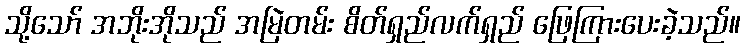
သို့သော် အဘိုးအိုသည် အမြဲတမ်း စိတ်ရှည်လက်ရှည် ဖြေကြားပေးခဲ့သည်။